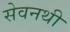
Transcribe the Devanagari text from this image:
सेवनथी